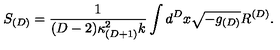
S _ { ( D ) } = \frac { 1 } { ( D - 2 ) \kappa _ { ( D + 1 ) } ^ { 2 } k } \int d ^ { D } x \sqrt { - g _ { ( D ) } } R ^ { ( D ) } .